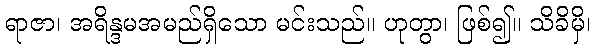
ရာဇာ၊ အရိန္ဒမအမည်ရှိသော မင်းသည်။ ဟုတွာ၊ ဖြစ်၍။ သိခိမှိ၊